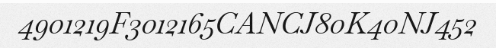
4901219F3012165CANCJ80K40NJ452